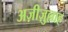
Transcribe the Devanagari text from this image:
अज़ीज़ुल्लाह